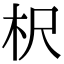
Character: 𣏧